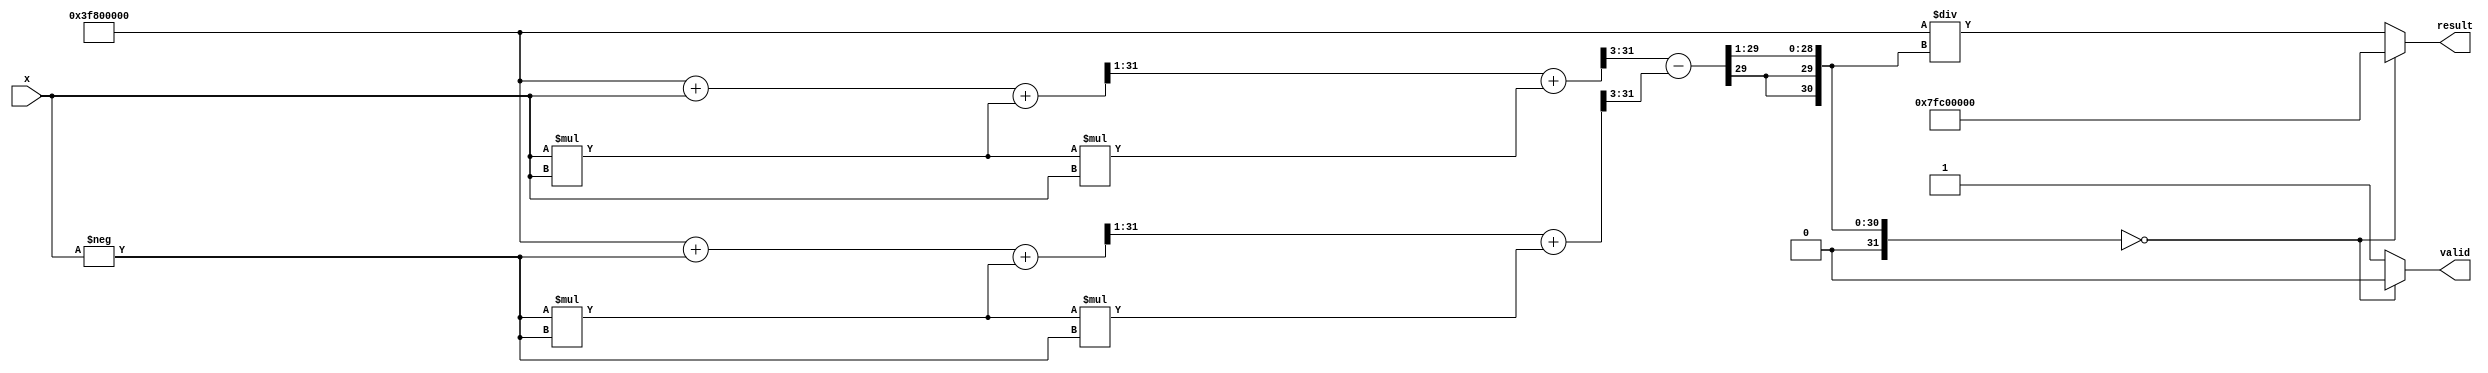
module csch (
    input wire [31:0] x,        // 32-bit input (floating-point)
    output reg [31:0] result,   // 32-bit output (floating-point)
    output reg valid             // Output valid signal
);

    // Constants for NaN and other special values
    parameter NaN = 32'h7FC00000; // Example NaN representation in IEEE 754

    // Internal signals
    wire [31:0] exp_x;
    wire [31:0] exp_neg_x;
    wire [31:0] sinh_x;
    wire [31:0] sinh_x_half;
    wire [31:0] reciprocal;

    // Exponential function approximation (replace with a more accurate method)
    function [31:0] exp_approx;
        input [31:0] value;
        begin
            // Simple approximation: e^x  1 + x + x^2/2! + x^3/3! (truncated)
            // Note: This is a very rough approximation and should be improved for accuracy.
            exp_approx = 32'h3F800000; // Start with 1.0 (2^0)
            exp_approx = exp_approx + value; // Add x
            exp_approx = exp_approx + (value * value) >> 1; // Add x^2/2
            exp_approx = exp_approx + (value * value * value) >> 3; // Add x^3/6
        end
    endfunction

    // Calculate e^x and e^(-x)
    assign exp_x = exp_approx(x);
    assign exp_neg_x = exp_approx(-x);

    // Calculate sinh(x) = (e^x - e^(-x)) / 2
    assign sinh_x = (exp_x - exp_neg_x) >> 1; // Division by 2

    // Check for undefined cases (sinh(x) = 0)
    always @(*) begin
        if (sinh_x == 32'h00000000) begin
            result = NaN; // Return NaN if sinh(x) is 0
            valid = 1'b0; // Invalid result
        end else begin
            // Calculate the reciprocal of sinh(x)
            reciprocal = 32'h3F800000 / sinh_x; // Simple division (replace with accurate method)
            result = reciprocal;
            valid = 1'b1; // Valid result
        end
    end

endmodule